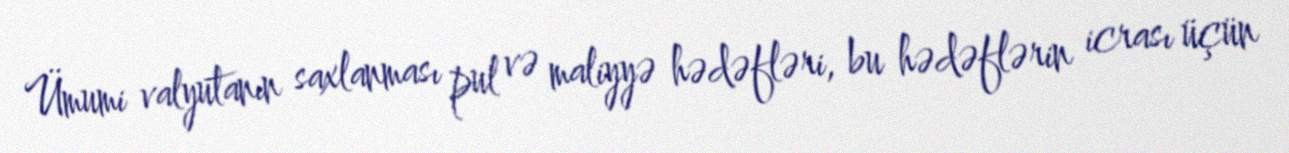
Ümumi valyutanın saxlanması pul və maliyyə hədəfləri, bu hədəflərin icrası üçün